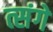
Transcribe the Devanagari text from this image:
त्संगे